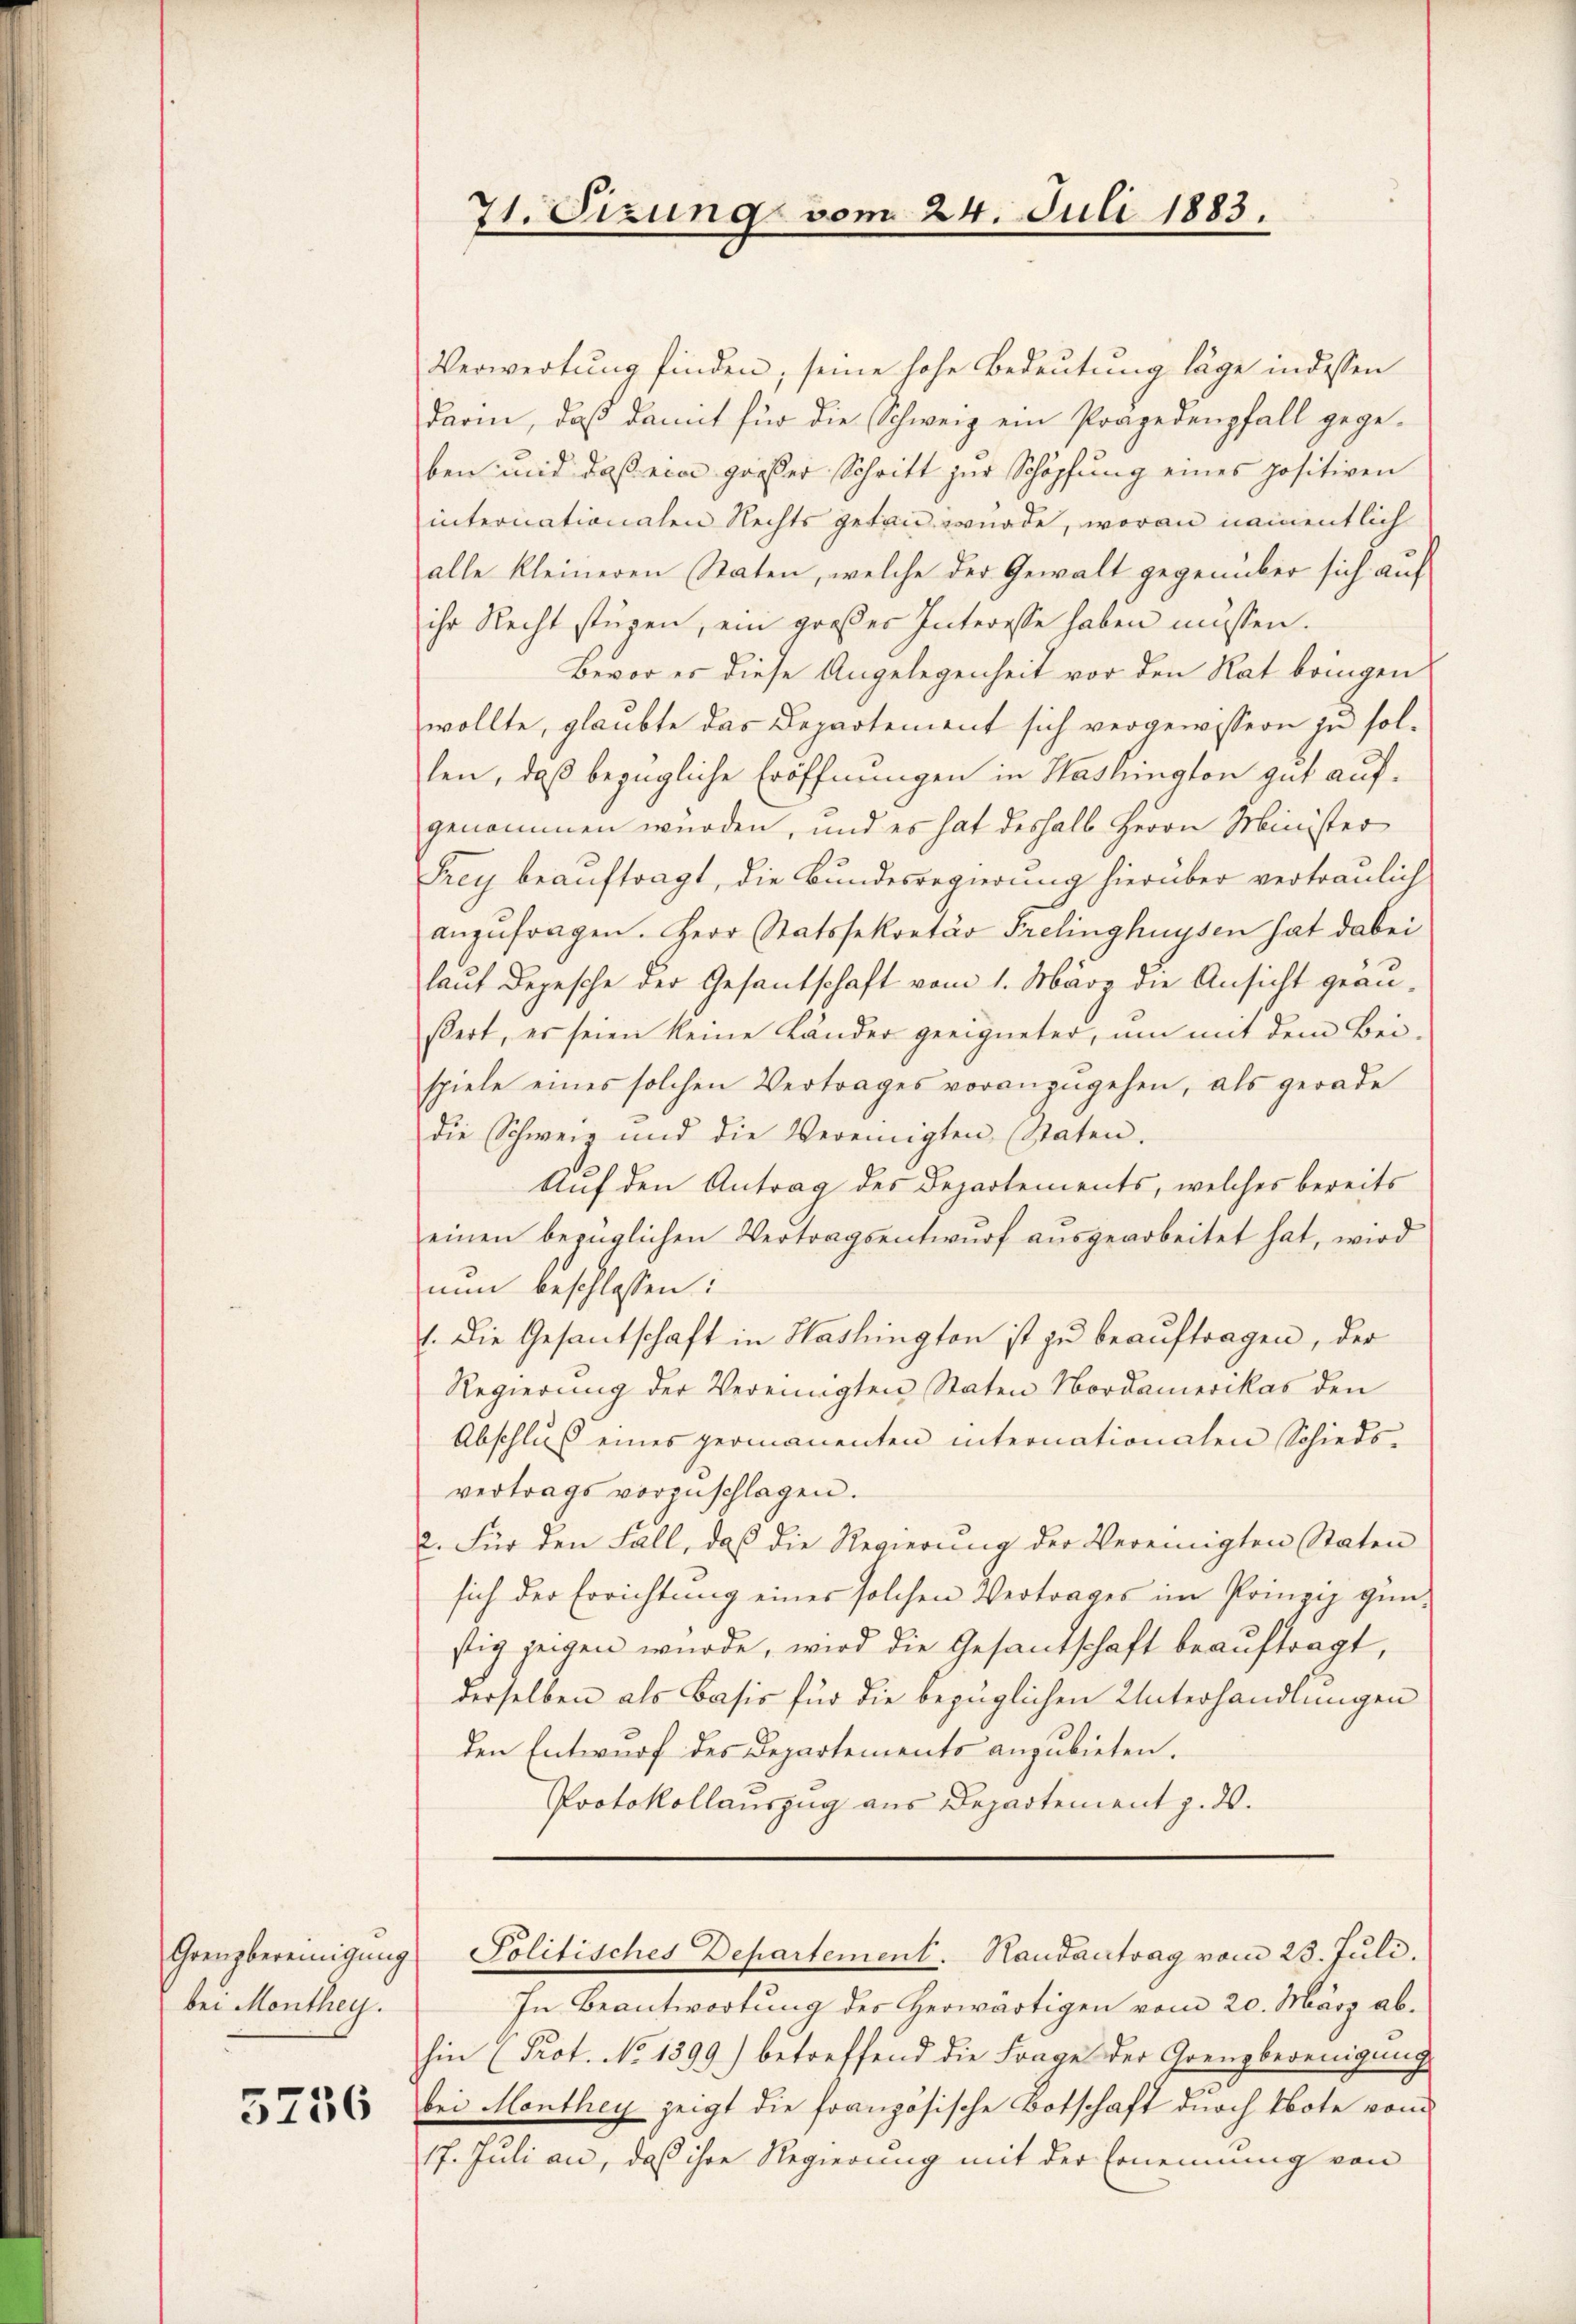
Grenzbereinigung
bei Monthey.

5236

71. Sizung vom 24. Juli 1883.

Verwertung finden, seine hohe Bedeutung läge indessen
darin, daß damit für die Schweiz ein Präjedenpfall gegeben und daß ein großer Schritt zur Schöpfung eines positiven
internationalen Rechts getan wurde, woran namentlich
alle kleineren Raten, welche der Gewalt gegenüber sich auf
ihr Recht stügen, ein großer Interesse haben müssen.
Bevor es diese Angelegenheit vor den Rat bringen
wollte, glaubte das Departement sich vergewissern in sollen, daß bezügliche Eröffnungen in Washington gut aufgenommen würden, und es hat deshalb Herrn Minister
Frey beauftragt, die Bundesregierung hierüber vertraulich
anzufragen. Herr Statssekretär Prelinghnysen hat dabei
laut Depesche der Gesantschaft vom 1. März die Ansicht geanßert, er seien keine Länder geeigneter, um mit dem Bei-
spiele eines solchen Vertrages voranzŭgehen, als gerade
die Schwere und die Vereinigten (Staten.
Auf den Antrag des Departements, welches bereits
einen bezüglichen Vertragsentwŭrf ausgearbeitet hat, wird
nun beschlossen:
1. Die Gesantschaft in Washington ist zu beauftragen, der
Regierung der Vereinigten Staten Nordamerikas den
Abschluß eines permanenten internationalen Schieds-
vertrags vorzŭschlagen.
2. Für den Fall, daß die Regierung der Vereinigten Staten
sich der Errichtung eines solchen Vertrages im Prinzip gün-
stig zeigen wurde, wird die Gesantschaft beauftragt,
derselben als Basis für die bezüglichen Unterhandlungen
den Entwurf des Departements anzubieten.
Protokollauszug aus Departement z. 20.
Politisches Departement. Handantrag vom 23. Juli.
In Beantwortung des Herwärtigen vom 20. März abhin (Prot. No 1399.) betreffend die Frages der Grenzbereinigung
bei Monthey zeigt die französische Botschaft durch Note vom
17. Juli an, daß ihre Regierung mit der Ernennung von